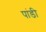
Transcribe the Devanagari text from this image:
पांडी